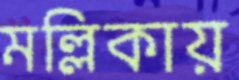
মল্লিকায়